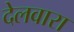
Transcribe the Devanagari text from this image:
देलवारा